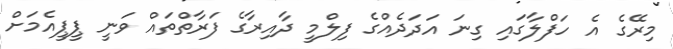
މިރޭގެ އެ ހަފްލާގައި ގިނަ އަދަދެއްގެ ފިލްމީ ދާއިރާގެ ފަރާތްތައް ވަނީ ޕީޕީއެމަށް